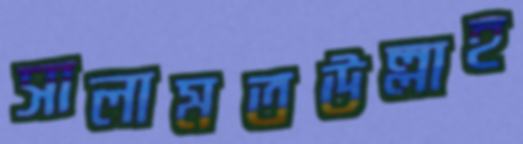
সালামতউল্লাহ